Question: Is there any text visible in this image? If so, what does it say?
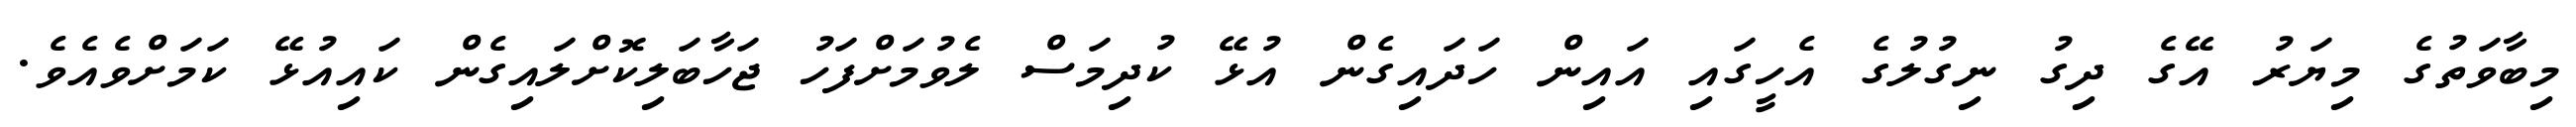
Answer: މިބާވަތުގެ މިޔަރު އޭގެ ދިގު ނިގުލުގެ އެހީގައި އައިން ހަދައިގެން އުޅޭ ކުދިމަސް ލެވުމަށްފަހު ޖަހާބަލިކޮށްލައިގެން ކައިއުޅޭ ކަމަށްވެއެވެ.